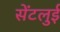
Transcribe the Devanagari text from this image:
सेंटलुई